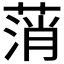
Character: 𦷟